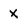
Character: x